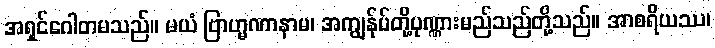
အရှင်ဂေါတမသည်။ မယံ ဗြာဟ္မဏာနာမ၊ အကျွန်ုပ်တို့ပုဏ္ဏားမည်သည်တို့သည်။ အာစရိယဿ၊